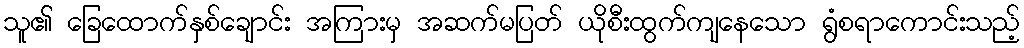
သူ၏ ခြေထောက်နှစ်ချောင်း အကြားမှ အဆက်မပြတ် ယိုစီးထွက်ကျနေသော ရွံစရာကောင်းသည့်